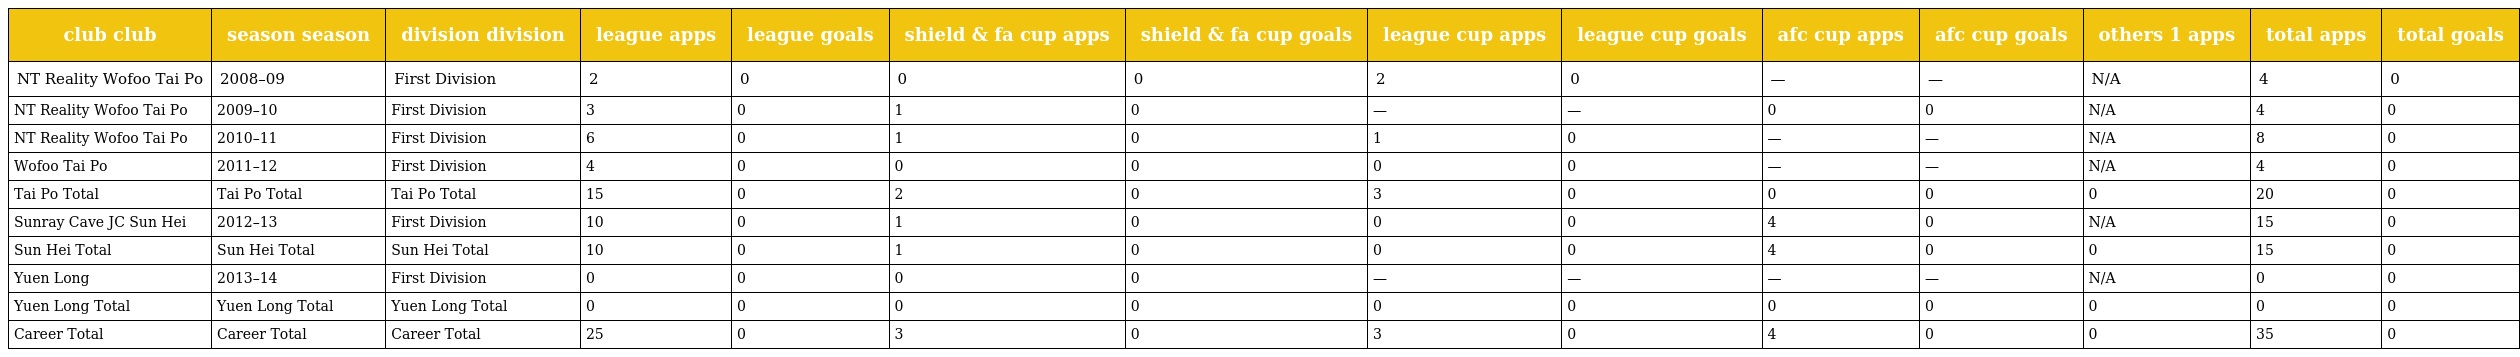
| club club | season season | division division | league apps | league goals | shield & fa cup apps | shield & fa cup goals | league cup apps | league cup goals | afc cup apps | afc cup goals | others 1 apps | total apps | total goals |
 | --- | --- | --- | --- | --- | --- | --- | --- | --- | --- | --- | --- | --- | --- |
 | NT Reality Wofoo Tai Po | 2008–09 | First Division | 2 | 0 | 0 | 0 | 2 | 0 | — | — | N/A | 4 | 0 |
 | NT Reality Wofoo Tai Po | 2009–10 | First Division | 3 | 0 | 1 | 0 | — | — | 0 | 0 | N/A | 4 | 0 |
 | NT Reality Wofoo Tai Po | 2010–11 | First Division | 6 | 0 | 1 | 0 | 1 | 0 | — | — | N/A | 8 | 0 |
 | Wofoo Tai Po | 2011–12 | First Division | 4 | 0 | 0 | 0 | 0 | 0 | — | — | N/A | 4 | 0 |
 | Tai Po Total | Tai Po Total | Tai Po Total | 15 | 0 | 2 | 0 | 3 | 0 | 0 | 0 | 0 | 20 | 0 |
 | Sunray Cave JC Sun Hei | 2012–13 | First Division | 10 | 0 | 1 | 0 | 0 | 0 | 4 | 0 | N/A | 15 | 0 |
 | Sun Hei Total | Sun Hei Total | Sun Hei Total | 10 | 0 | 1 | 0 | 0 | 0 | 4 | 0 | 0 | 15 | 0 |
 | Yuen Long | 2013–14 | First Division | 0 | 0 | 0 | 0 | — | — | — | — | N/A | 0 | 0 |
 | Yuen Long Total | Yuen Long Total | Yuen Long Total | 0 | 0 | 0 | 0 | 0 | 0 | 0 | 0 | 0 | 0 | 0 |
 | Career Total | Career Total | Career Total | 25 | 0 | 3 | 0 | 3 | 0 | 4 | 0 | 0 | 35 | 0 |